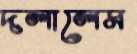
দলালেম